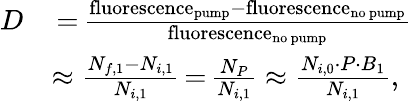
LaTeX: \begin{array}{rl}{D}&{\, {=}\, \frac{\mathrm{fluorescence}_{\mathrm{pump}}-\mathrm{fluorescence}_{\mathrm{no~pump}}}{\mathrm{fluorescence}_{\mathrm{no~pump}}}}\\ &{\approx\frac{N_{f,1}-N_{i,1}}{N_{i,1}}\, {=}\, \frac{N_{P}}{N_{i,1}}\approx\frac{N_{i,0}\cdot P\cdot B_{1}}{N_{i,1}},}\end{array}